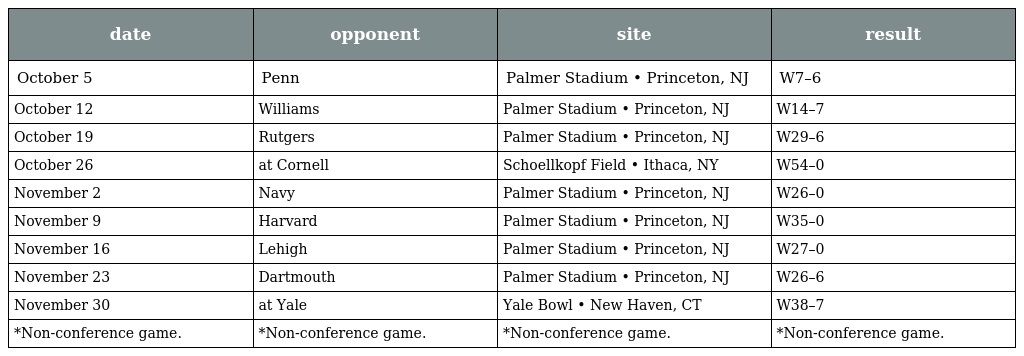
| date | opponent | site | result |
 | --- | --- | --- | --- |
 | October 5 | Penn | Palmer Stadium • Princeton, NJ | W7–6 |
 | October 12 | Williams | Palmer Stadium • Princeton, NJ | W14–7 |
 | October 19 | Rutgers | Palmer Stadium • Princeton, NJ | W29–6 |
 | October 26 | at Cornell | Schoellkopf Field • Ithaca, NY | W54–0 |
 | November 2 | Navy | Palmer Stadium • Princeton, NJ | W26–0 |
 | November 9 | Harvard | Palmer Stadium • Princeton, NJ | W35–0 |
 | November 16 | Lehigh | Palmer Stadium • Princeton, NJ | W27–0 |
 | November 23 | Dartmouth | Palmer Stadium • Princeton, NJ | W26–6 |
 | November 30 | at Yale | Yale Bowl • New Haven, CT | W38–7 |
 | *Non-conference game. | *Non-conference game. | *Non-conference game. | *Non-conference game. |